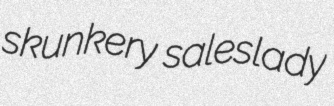
skunkery saleslady